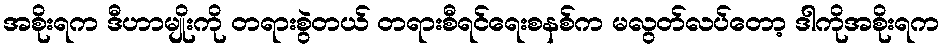
အစိုးရက ဒီဟာမျိုးကို တရားစွဲတယ် တရားစီရင်ရေးစနစ်က မလွတ်လပ်တော့ ဒါကိုအစိုးရက